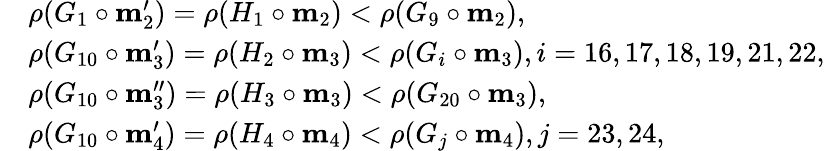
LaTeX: \begin{array}{rl}&{\rho(G_{1}\circ\textbf{m}_{2}^{\prime})=\rho(H_{1}\circ\textbf{m}_{2})<\rho(G_{9}\circ\textbf{m}_{2}),}\\ &{\rho(G_{10}\circ\textbf{m}_{3}^{\prime})=\rho(H_{2}\circ\textbf{m}_{3})<\rho(G_{i}\circ\textbf{m}_{3}),i=16,17,18,19,21,22,}\\ &{\rho(G_{10}\circ\textbf{m}_{3}^{\prime\prime})=\rho(H_{3}\circ\textbf{m}_{3})<\rho(G_{20}\circ\textbf{m}_{3}),}\\ &{\rho(G_{10}\circ\textbf{m}_{4}^{\prime})=\rho(H_{4}\circ\textbf{m}_{4})<\rho(G_{j}\circ\textbf{m}_{4}),j=23,24,}\end{array}